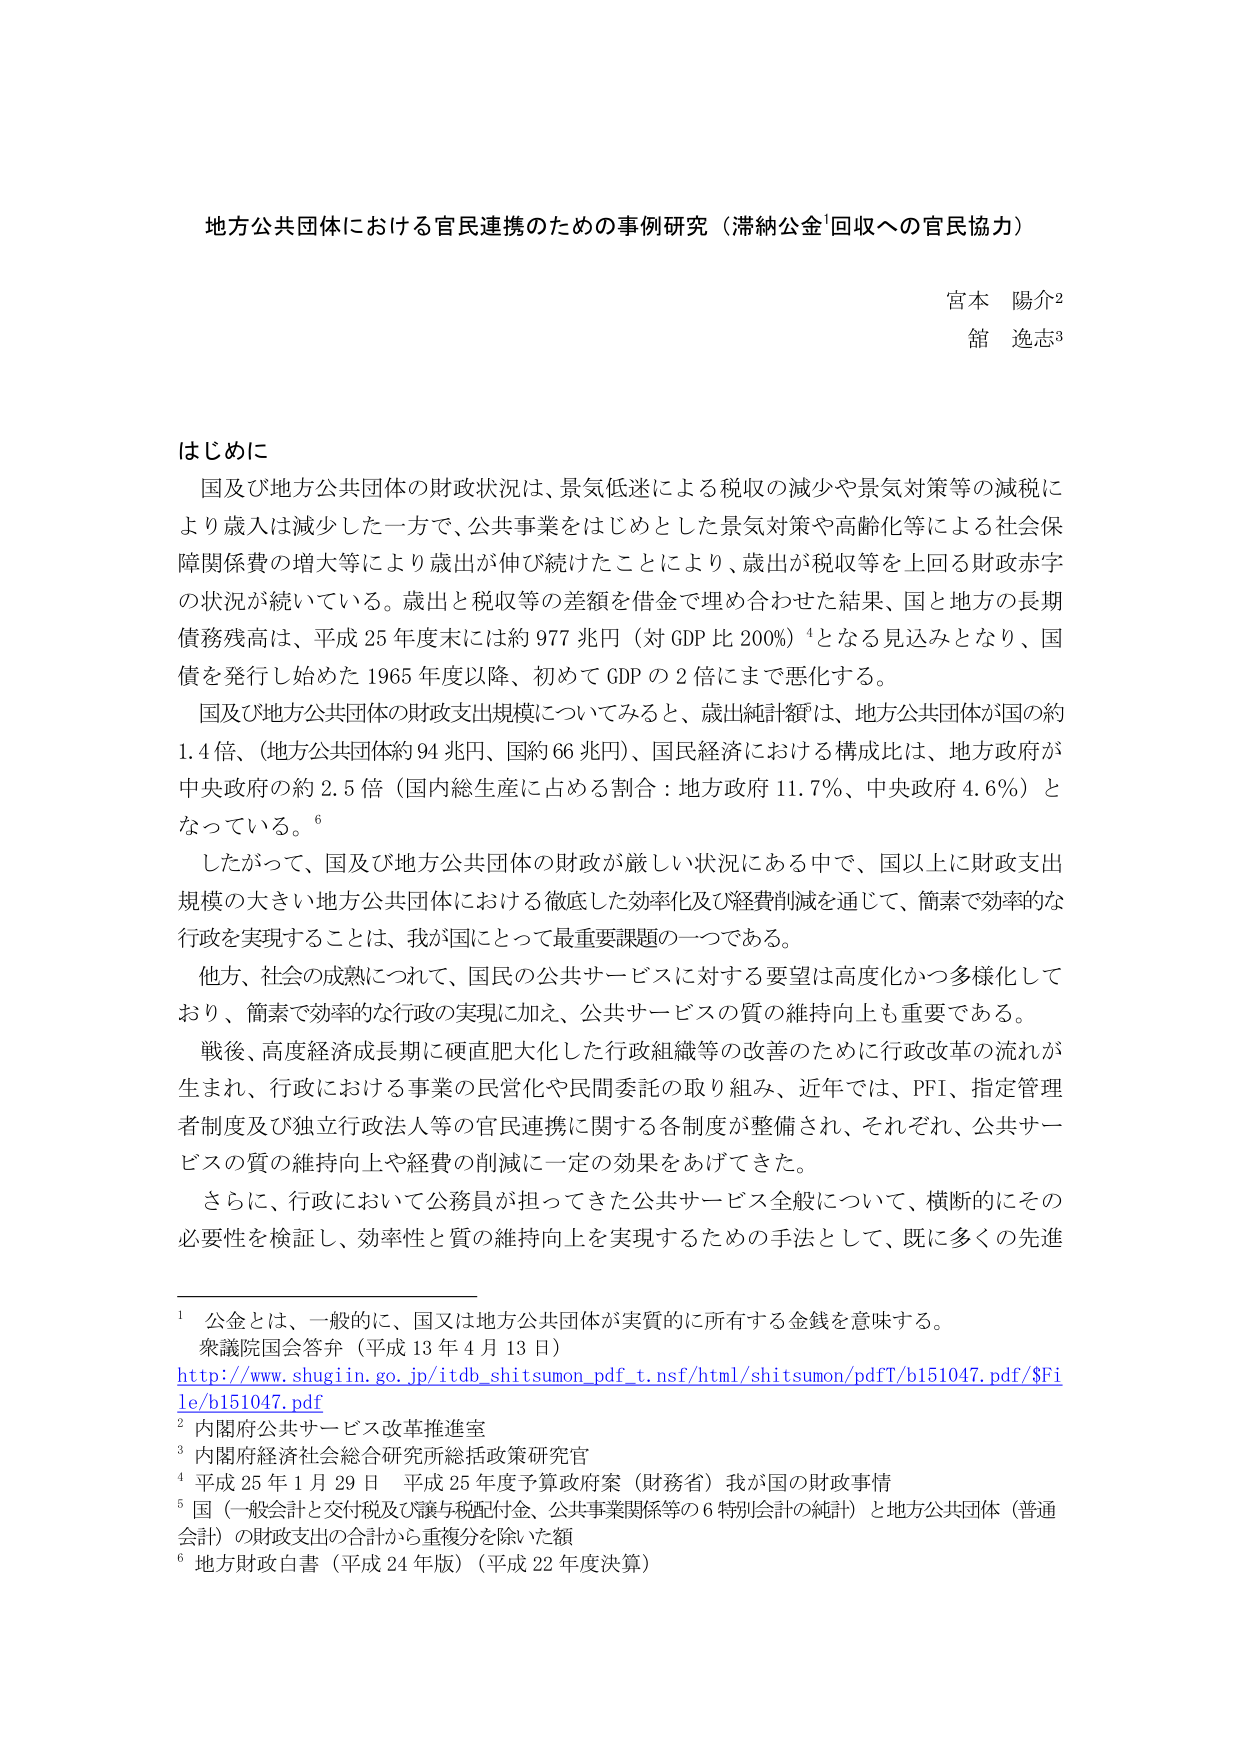
地方公共団体における官民連携のための事例研究（滞納公金¹回収への官民協力）

宮本 陽介²
舘 逸志³

はじめに

国及び地方公共団体の財政状況は、景気低迷による税収の減少や景気対策等の減税により歳入は減少した一方で、公共事業をはじめとした景気対策や高齢化等による社会保障関係費の増大等により歳出が伸び続けたことにより、歳出が税収等を上回る財政赤字の状況が続いている。歳出と税収等の差額を借金で埋め合わせた結果、国と地方の長期債務残高は、平成25年度末には約977兆円（対GDP比200%）⁴となる見込みとなり、国債を発行し始めた1965年度以降、初めてGDPの2倍にまで悪化する。

国及び地方公共団体の財政支出規模についてみると、歳出純計額は、地方公共団体が国の約1.4倍、（地方公共団体約94兆円、国約66兆円）、国民経済における構成比は、地方政府が中央政府の約2.5倍（国内総生産に占める割合：地方政府11.7%、中央政府4.6%）となっている。⁶

したがって、国及び地方公共団体の財政が厳しい状況にある中で、国以上に財政支出規模の大きい地方公共団体における徹底した効率化及び経費削減を通じて、簡素で効率的な行政を実現することは、我が国にとって最重要課題の一つである。

他方、社会の成熟につれて、国民の公共サービスに対する要望は高度化かつ多様化しており、簡素で効率的な行政の実現に加え、公共サービスの質の維持向上も重要である。

戦後、高度経済成長期に硬直肥大化した行政組織等の改善のために行政改革の流れが生まれ、行政における事業の民営化や民間委託の取り組み、近年では、PFI、指定管理者制度及び独立行政法人等の官民連携に関する各制度が整備され、それぞれ、公共サービスの質の維持向上や経費の削減に一定の効果をあげてきた。

さらに、行政において公務員が担ってきた公共サービス全般について、横断的にその必要性を検証し、効率性と質の維持向上を実現するための手法として、既に多くの先進

¹ 公金とは、一般的に、国又は地方公共団体が実質的に所有する金銭を意味する。
衆議院国会答弁（平成13年4月13日）
http://www.shugin.go.jp/itdb_shitsumon_pdf_t.nsf/html/shitsumon/pdfT/b151047.pdf/$File/b151047.pdf

² 内閣府公共サービス改革推進室
³ 内閣府経済社会総合研究所総括政策研究官
⁴ 平成25年1月29日 平成25年度予算政府案（財務省）我が国の財政事情
⁵ 国（一般会計と交付税及び譲与税配付金、公共事業関係等の6特別会計の純計）と地方公共団体（普通会計）の財政支出の合計から重複分を除いた額
⁶ 地方財政白書（平成24年版）（平成22年度決算）